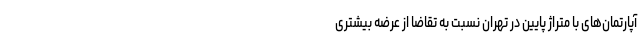
آپارتمان‌های با متراژ پایین در تهران نسبت به تقاضا از عرضه بیشتری